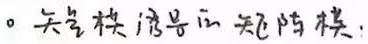
。天气模拟器的矩阵模.